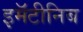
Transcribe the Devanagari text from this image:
इमॅटीनिब